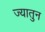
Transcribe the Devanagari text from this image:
ज्यातुन